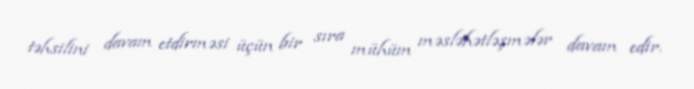
təhsilini davam etdirməsi üçün bir sıra mühüm məsləhətləşmələr davam edir.